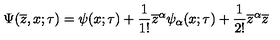
\Psi ( \overline { { z } } , x ; \tau ) = \psi ( x ; \tau ) + \frac { 1 } { 1 ! } \overline { { z } } ^ { \alpha } \psi _ { \alpha } ( x ; \tau ) + \frac { 1 } { 2 ! } \overline { { z } } ^ { \alpha } \overline { { z } }